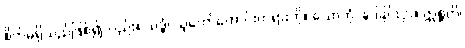
စိတ်မရှိသည်ဖြစ်၍လည်း။ သဒ္ဓံ၊ သူတော်ကောင်းတရားကို။ သောတုံ၊ နာခြင်းငှာ။ ဣစ္ဆတိ၊